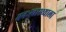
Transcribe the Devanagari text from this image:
मनःस्वास्थ्याला